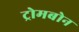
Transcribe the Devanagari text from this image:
ट्रोमबोन